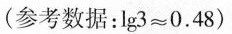
(参考数据：$$lg 3 ≈ 0 . 4 8$$ )